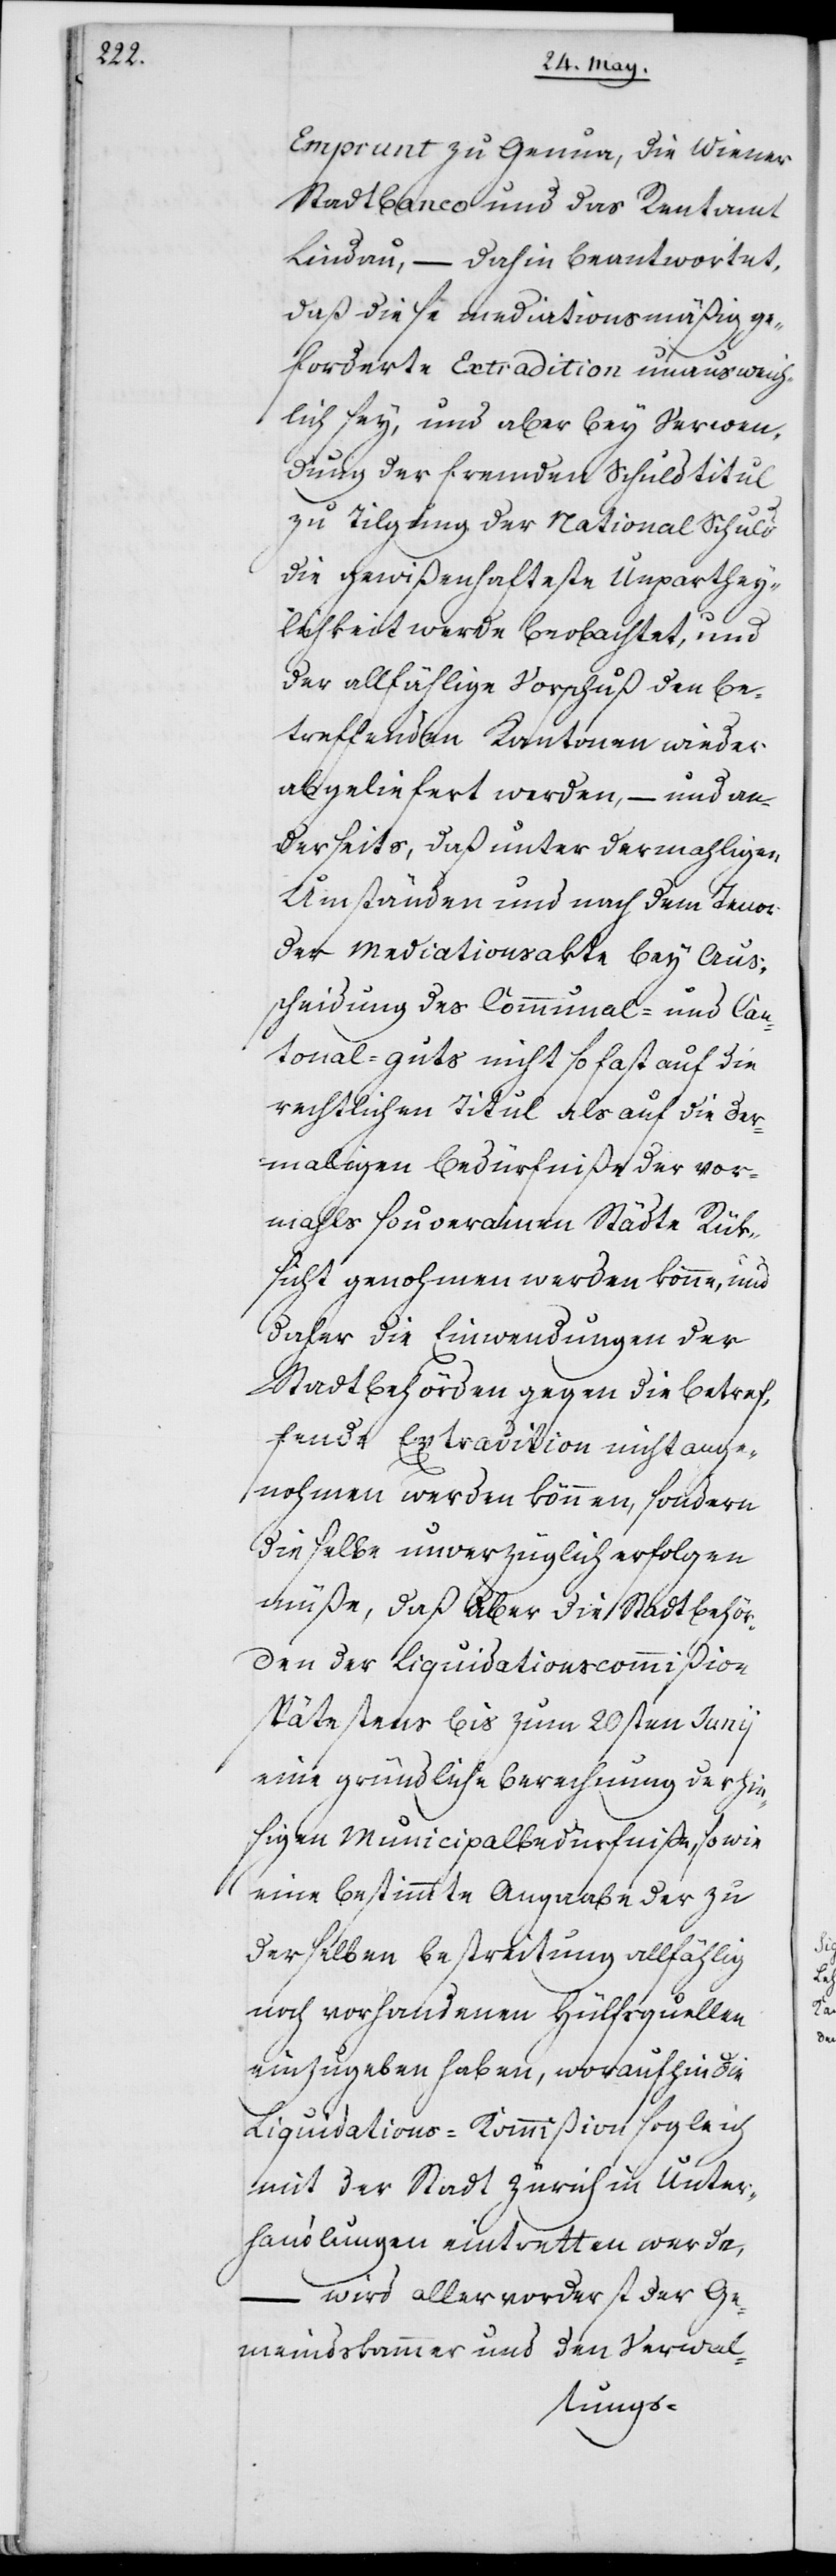
Emprunt zu Genua, die Wiener
Stadtbanco und das Rentamt
Lindau – dahin beantwortet,
daß diese mediationsmäßig ge¬
forderte Extradition unausweich¬
lich sey, und aber bey Verwen¬
dung der fremden Schuldtitul
zu Tilgung der National Schuld
die gewißenhafteste Unparthei¬
lichkeit werde beobachtet, und
der allfählige Vorschuß den be¬
treffenden Kantonen wieder
abgeliefert werden, – und an¬
derseits, daß unter dermahligen
Umständen und nach dem Tenor
der Mediationsakte bey Aus¬
scheidung des Communal- und Can¬
tonal-Guts nicht so fast auf die
rechtlichen Titul als auf die der¬
mahligen Bedürfniße der vor¬
mahls souveränen Städte Rük¬
sicht genohmen werden könne, und
daher die Einwendungen der
Stadtbehörden gegen die betref¬
fenden Extradition nicht ange¬
nohmen werden können, sondern
dieselbe unverzüglich erfolgen
müße, daß aber die Stadtbehör¬
den der Liquidationskommißion
spätestens bis zum 20sten Junij
eine gründliche Berechnung der hie¬
sigen Municipalbedürfniße, sowie
eine bestimmte Angaabe der zu
derselben Bestreitung allfählig
noch vorhandenen Hülfsquellen
einzugeben haben, woraufhin die
Liquidations-Kommißion sogleich
mit der Stadt Zürich in Unter¬
handlung eintretten werde,
– wird allervorderst der Ge¬
meindskammer und den Verwal-